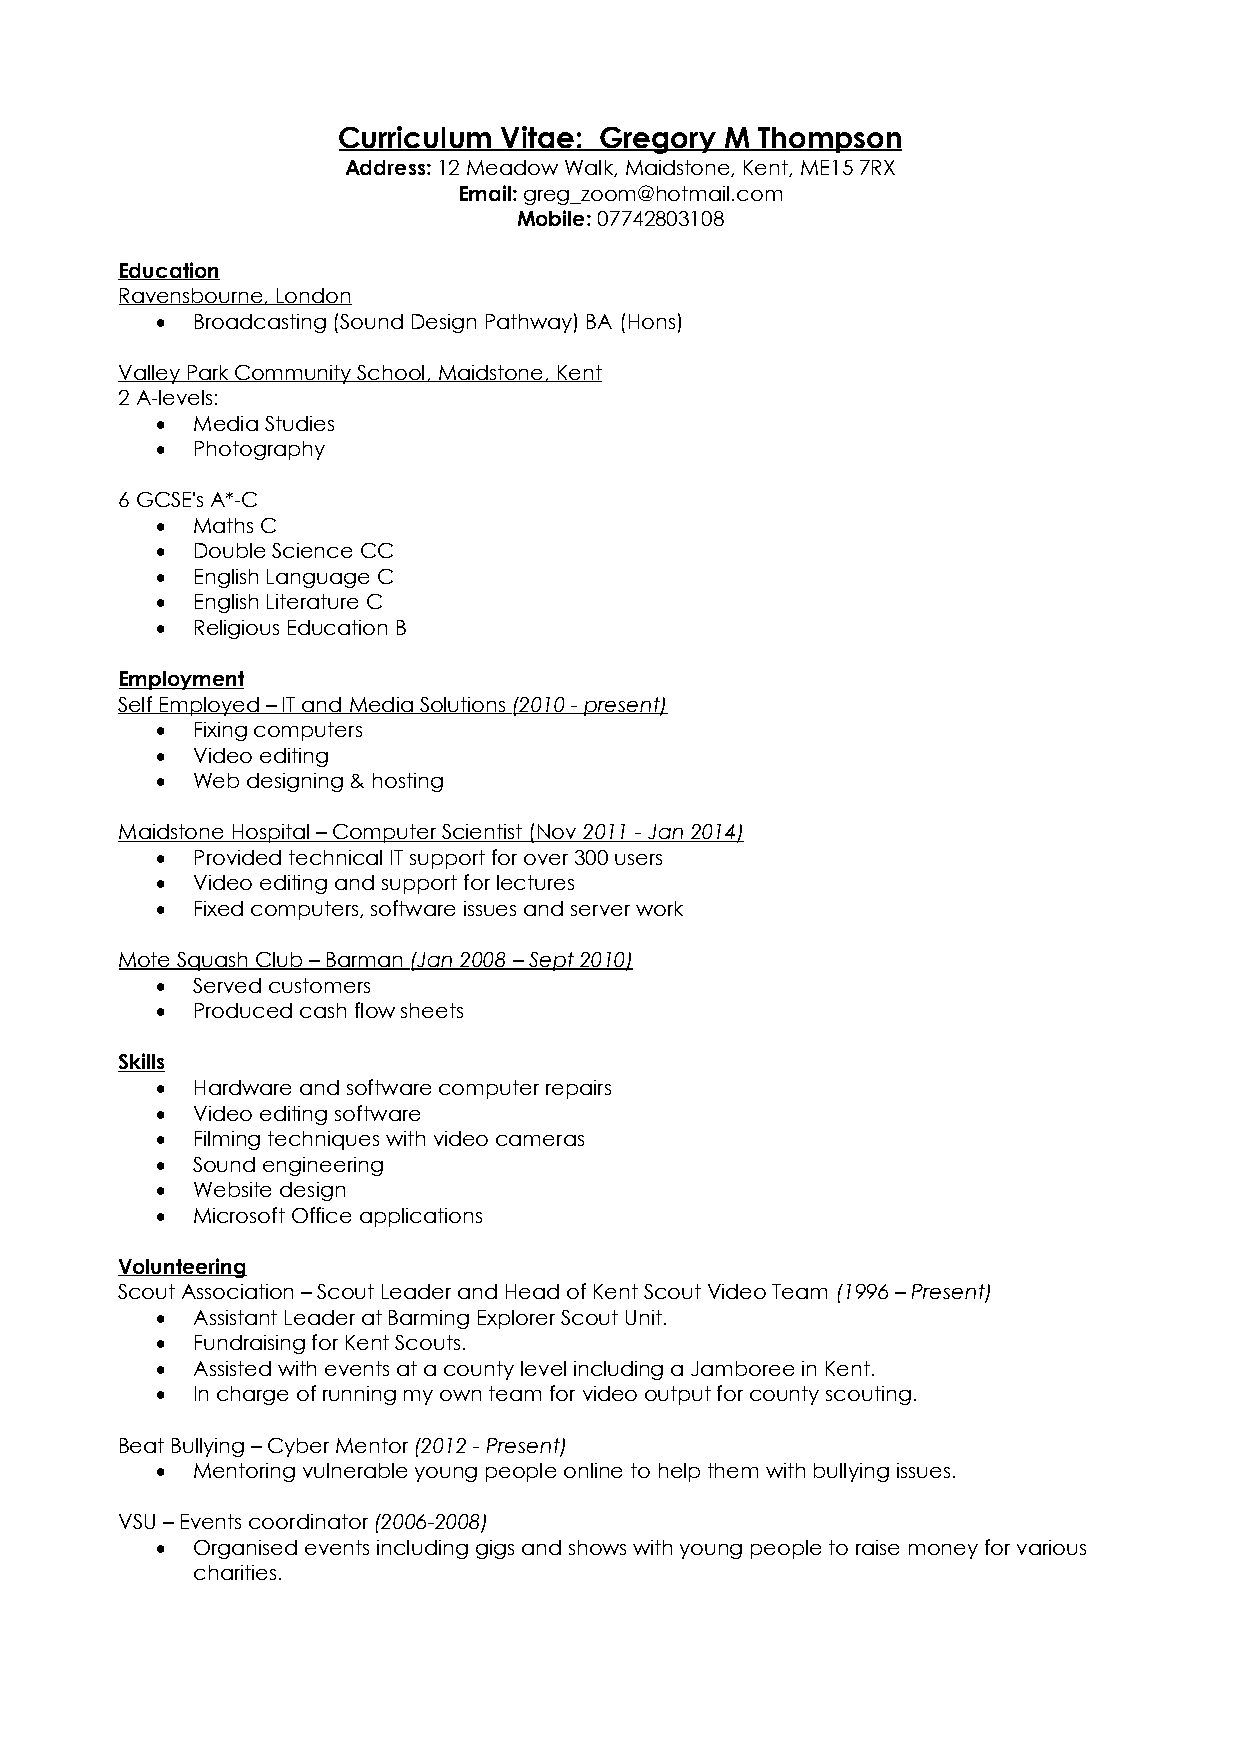
Curriculum Vitae: Gregory M Thompson
 Address: 12 Meadow Walk, Maidstone, Kent, ME15 7RX
 Email: greg_zoom@hotmail.com
 Mobile: 07742803108
 Education
 Ravensbourne, London
   Broadcasting (Sound Design Pathway) BA (Hons)
 Valley Park Community School, Maidstone, Kent
 2 A-levels:
   Media Studies
   Photography
 6 GCSE's A*-C
   Maths C
   Double Science CC
   English Language C
   English Literature C
   Religious Education B
 Employment
 Self Employed – IT and Media Solutions (2010 - present)
   Fixing computers
   Video editing
   Web designing & hosting
 Maidstone Hospital – Computer Scientist (Nov 2011 - Jan 2014)
   Provided technical IT support for over 300 users
   Video editing and support for lectures
   Fixed computers, software issues and server work
 Mote Squash Club – Barman (Jan 2008 – Sept 2010)
   Served customers
   Produced cash flow sheets
 Skills
   Hardware and software computer repairs
   Video editing software
   Filming techniques with video cameras
   Sound engineering
   Website design
   Microsoft Office applications
 Volunteering
 Scout Association – Scout Leader and Head of Kent Scout Video Team (1996 – Present)
   Assistant Leader at Barming Explorer Scout Unit.
   Fundraising for Kent Scouts.
   Assisted with events at a county level including a Jamboree in Kent.
   In charge of running my own team for video output for county scouting.
 Beat Bullying – Cyber Mentor (2012 - Present)
   Mentoring vulnerable young people online to help them with bullying issues.
 VSU – Events coordinator (2006-2008)
   Organised events including gigs and shows with young people to raise money for various
 charities.